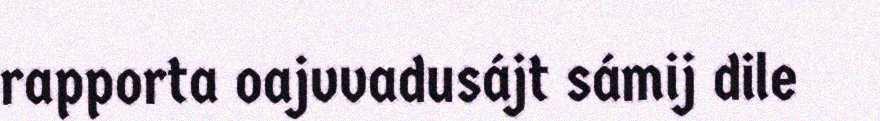
rapporta oajvvadusájt sámij dile